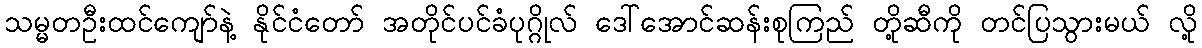
သမ္မတဦးထင်ကျော်နဲ့ နိုင်ငံတော် အတိုင်ပင်ခံပုဂ္ဂိုလ် ဒေါ်အောင်ဆန်းစုကြည် တို့ဆီကို တင်ပြသွားမယ် လို့